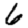
Digit: 6